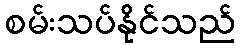
စမ်းသပ်နိုင်သည်